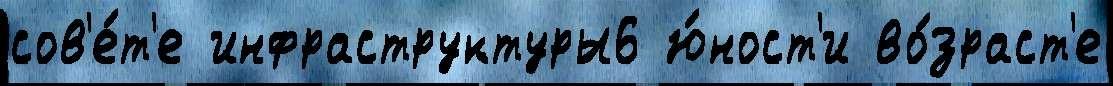
сов'е́т'е инфраструктуры6 ю́ност'и во́зраст'е